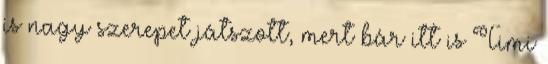
is nagy szerepet játszott, mert bár itt is Timi